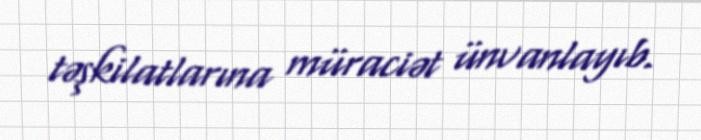
təşkilatlarına müraciət ünvanlayıb.